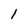
Character: 1